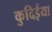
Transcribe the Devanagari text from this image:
कुदिईया